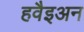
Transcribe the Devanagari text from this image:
हवैइअन